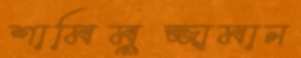
শামিমুজ্জামান